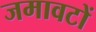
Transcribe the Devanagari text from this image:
जमावटों